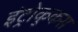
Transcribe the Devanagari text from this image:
इंट्रोकुकस